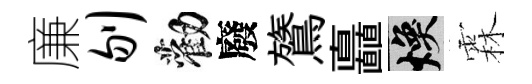
廉刎勸廢鷟矗焕霖